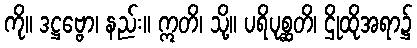
ကို။ ဒဋ္ဌဗ္ဗော၊ နည်း။ ဣတိ၊ သို့။ ပရိပုစ္ဆတိ၊ ဌိုထိုအရာ၌